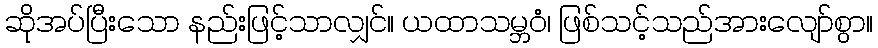
ဆိုအပ်ပြီးသော နည်းဖြင့်သာလျှင်။ ယထာသမ္ဘဝံ၊ ဖြစ်သင့်သည်အားလျော်စွာ။